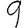
Digit: 9